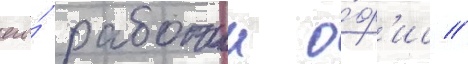
его́ рабочии о́ф'ис //